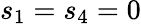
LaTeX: s_{1}=s_{4}=0